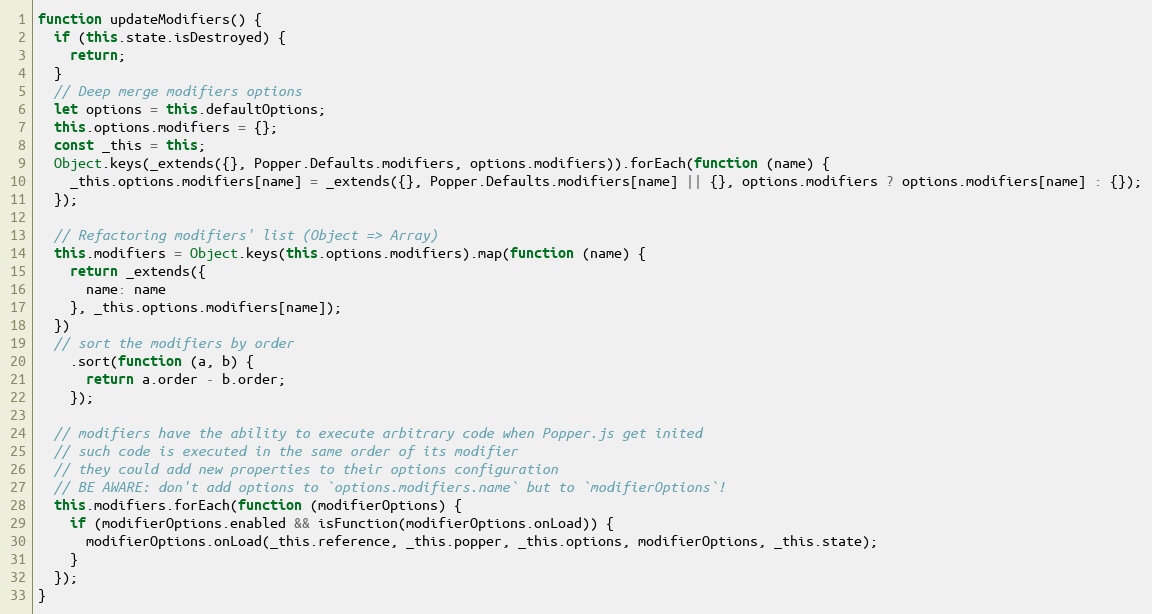
Language: JavaScript
function updateModifiers() {
  if (this.state.isDestroyed) {
    return;
  }
  // Deep merge modifiers options
  let options = this.defaultOptions;
  this.options.modifiers = {};
  const _this = this;
  Object.keys(_extends({}, Popper.Defaults.modifiers, options.modifiers)).forEach(function (name) {
    _this.options.modifiers[name] = _extends({}, Popper.Defaults.modifiers[name] || {}, options.modifiers ? options.modifiers[name] : {});
  });

  // Refactoring modifiers' list (Object => Array)
  this.modifiers = Object.keys(this.options.modifiers).map(function (name) {
    return _extends({
      name: name
    }, _this.options.modifiers[name]);
  })
  // sort the modifiers by order
    .sort(function (a, b) {
      return a.order - b.order;
    });

  // modifiers have the ability to execute arbitrary code when Popper.js get inited
  // such code is executed in the same order of its modifier
  // they could add new properties to their options configuration
  // BE AWARE: don't add options to `options.modifiers.name` but to `modifierOptions`!
  this.modifiers.forEach(function (modifierOptions) {
    if (modifierOptions.enabled && isFunction(modifierOptions.onLoad)) {
      modifierOptions.onLoad(_this.reference, _this.popper, _this.options, modifierOptions, _this.state);
    }
  });
}